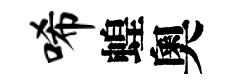
唏蝗奧